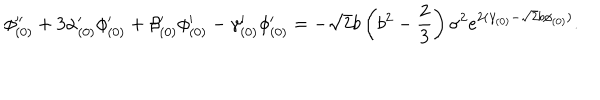
LaTeX: \phi _ { ( 0 ) } ^ { \prime \prime } + 3 \alpha _ { ( 0 ) } ^ { \prime } \phi _ { ( 0 ) } ^ { \prime } + \beta _ { ( 0 ) } ^ { \prime } \phi _ { ( 0 ) } ^ { \prime } - \gamma _ { ( 0 ) } ^ { \prime } \phi _ { ( 0 ) } ^ { \prime } = - \sqrt { 2 } b \left( b ^ { 2 } - \frac { 2 } { 3 } \right) \sigma ^ { 2 } e ^ { 2 ( \gamma _ { ( 0 ) } - \sqrt { 2 } b \phi _ { ( 0 ) } ) } .